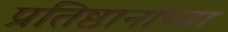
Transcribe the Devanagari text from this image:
प्रतिष्ठानांच्या